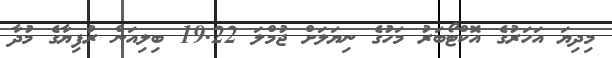
މިދިޔަ އަހަރުގެ އޮކްޓޯބަރު މަހުގެ ނިޔަލަށް ޖުމްލަ 19.22 ބިލިއަން ރުފިޔާގެ މުދާ